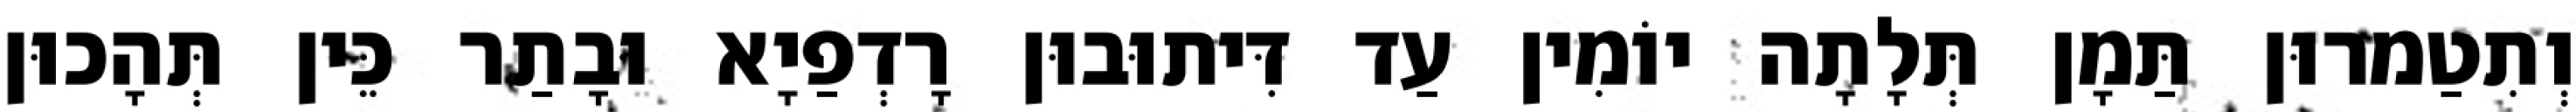
וְתִטַמרוּן תַּמָן תְּלָתָה יוֹמִין עַד דִּיתוּבוּן רָדְפַיָא וּבָתַר כֵּין תְּהָכוּן